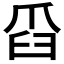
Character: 𦥝